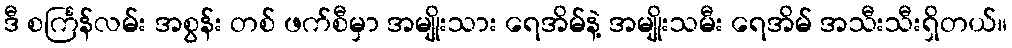
ဒီ စင်္ကြန်လမ်း အစွန်း တစ် ဖက်စီမှာ အမျိုးသား ရေအိမ်နဲ့ အမျိုးသမီး ရေအိမ် အသီးသီးရှိတယ်။